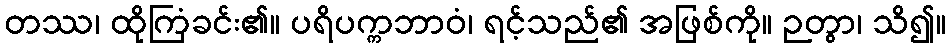
တဿ၊ ထိုကြံခင်း၏။ ပရိပက္ကဘာဝံ၊ ရင့်သည်၏ အဖြစ်ကို။ ဉတွာ၊ သိ၍။